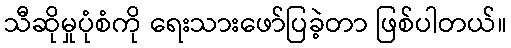
သီဆိုမှုပုံစံကို ရေးသားဖော်ပြခဲ့တာ ဖြစ်ပါတယ်။